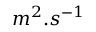
m ^ { 2 } . s ^ { - 1 }